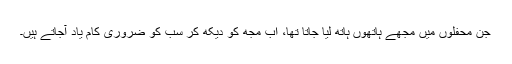
جن محفلوں میں مجھے ہاتھوں ہاتھ لیا جاتا تھا، اب مجھ کو دیکھ کر سب کو ضروری کام یاد آجاتے ہیں۔